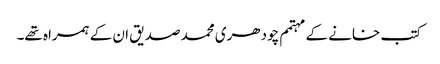
کتب خانے کے مہتمم چودھری محمد صدیق ان کے ہمراہ تھے۔